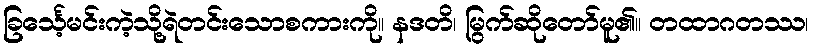
ခြင်္သေ့မင်းကဲ့သို့ရဲတင်းသောစကားကို။ နဒတိ၊ မြွက်ဆိုတော်မူ၏။ တထာဂတဿ၊